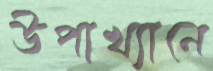
উপাখ্যানে